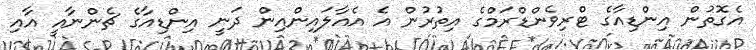
އެގޮތުން އިންޑިއާގެ ޓްރިވެންޑްރަމްގެ އިތުރުން އެ އެއާލައިންއިން ދަނީ އިންޑިއާގެ ޗެންނާއީ އާއި